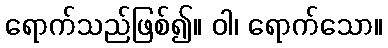
ရောက်သည်ဖြစ်၍။ ဝါ၊ ရောက်သော။